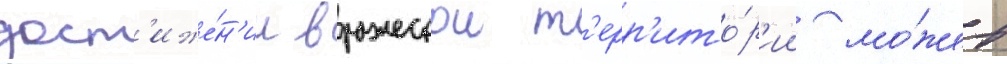
дост'иже́н'ии вражескои т'ерр'ито́р'ии мо́жет